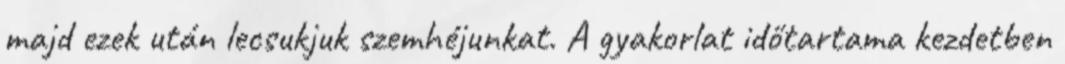
majd ezek után lecsukjuk szemhéjunkat. A gyakorlat időtartama kezdetben